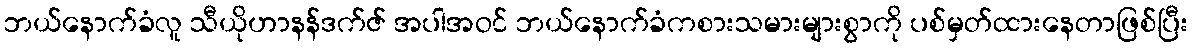
ဘယ်နောက်ခံလူ သီယိုဟာနန်ဒက်ဇ် အပါအဝင် ဘယ်နောက်ခံကစားသမားများစွာကို ပစ်မှတ်ထားနေတာဖြစ်ပြီး